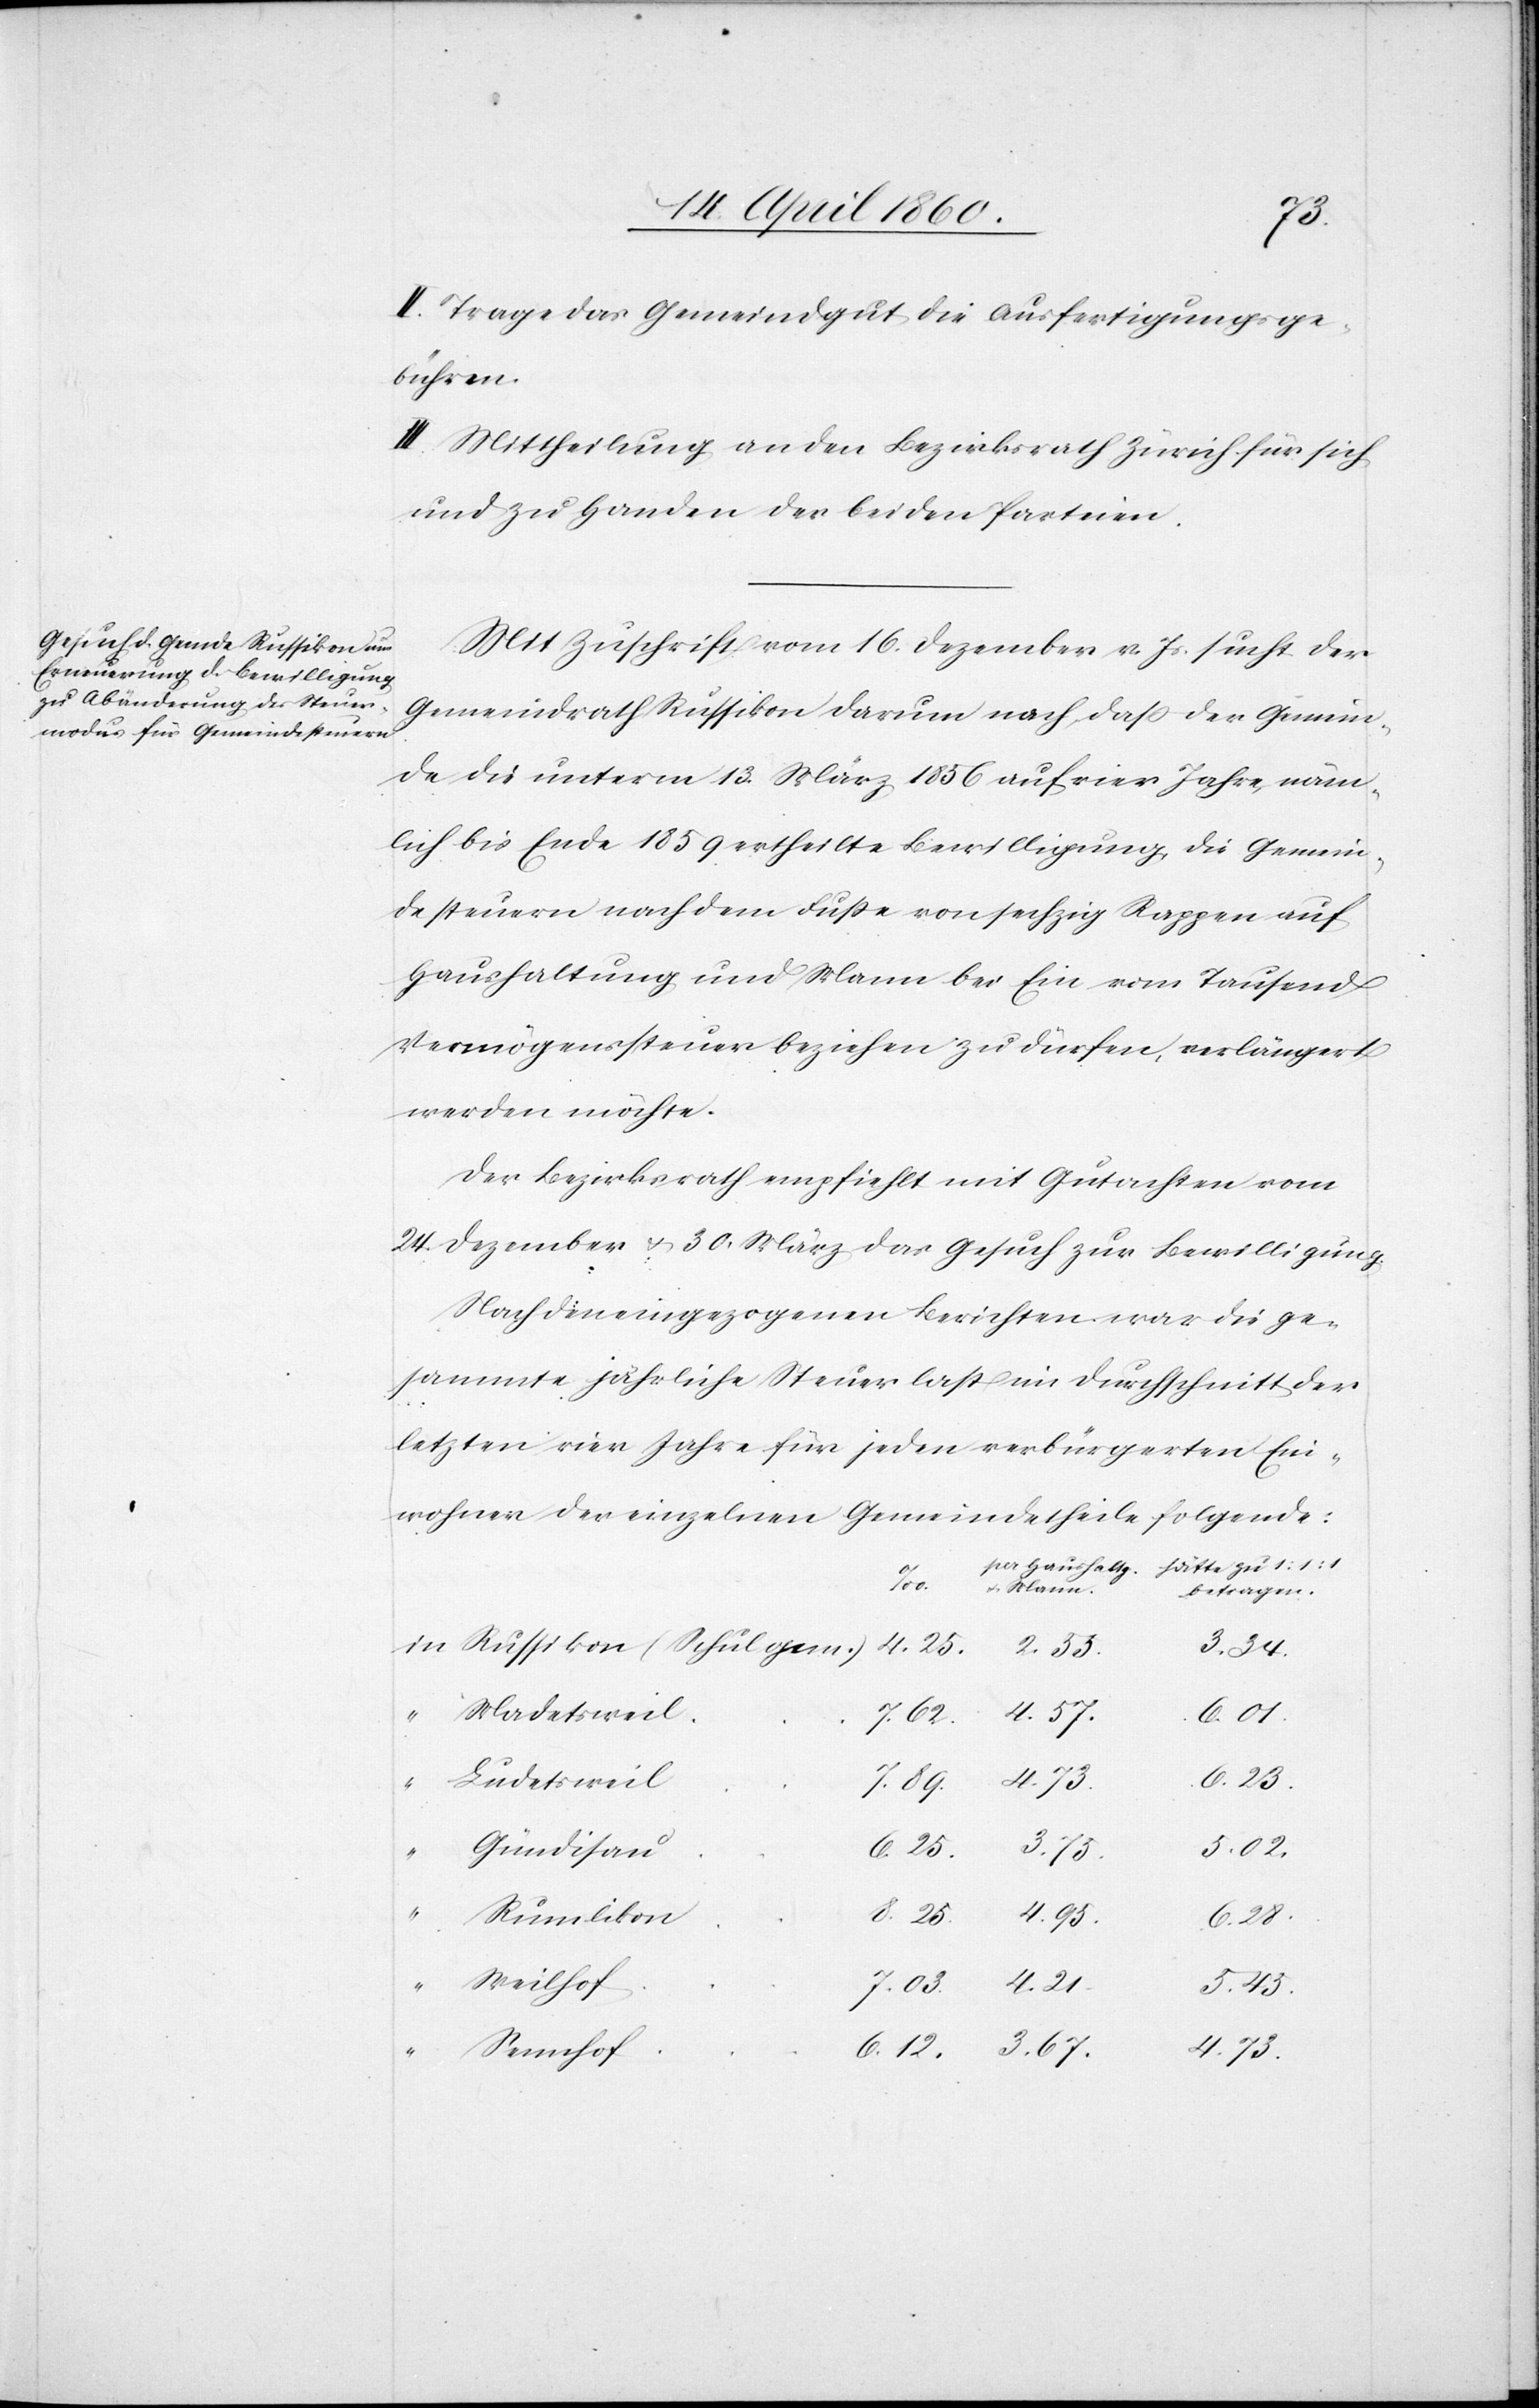
II. Trage das Gemeindgut die Ausfertigungsge¬
bühren.
III. Mittheilung an den Bezirksrath Zürich für sich
und zu Handen der beiden Parteien.
Mit Zuschrift vom 16. Dezember v. Js. sucht der
Gemeindrath Russikon darum nach, dass der Gemein¬
de die unterm 13. März 1856 auf vier Jahre, näm¬
lich bis Ende 1859 ertheilte Bewilligung, die Gemein¬
desteuern nach dem Fusse von sechzig Rappen auf
Haushaltung und Mann bei Ein vom Tausend
Vermögenssteuer beziehen zu dürfen, verlängert
werden möchte.
Der Bezirksrath empfiehlt mit Gutachten vom
24. Dezember u. 30. März das Gesuch zur Bewilligung.
Nach den eingezogenen Berichten war die ge¬
sammte jährliche Steuerlast im Durchschnitt der
letzten vier Jahre für jeden verbürgerten Ein¬
wohner der einzelnen Gemeindetheile folgende:
hätte zu 1:1:1
pr. Haushaltg.
betragen
7. 89.
4. 57.
7. 03.
6. 12.
6. 25.
Ludetsweil
u.
Gündisau
Rumlikon
6. 28.
Weilhof
3. 67.
4. 73.